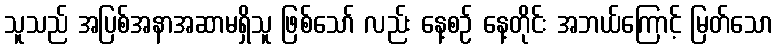
သူသည် အပြစ်အနာအဆာမရှိသူ ဖြစ်သော် လည်း နေ့စဉ် နေ့တိုင်း အဘယ်ကြောင့် မြတ်သော